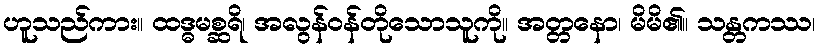
ဟူသည်ကား။ ထဒ္ဓမစ္ဆရိ၊ အလွန်ဝန်တိုသောသူကို။ အတ္တနော၊ မိမိ၏။ သန္တကဿ၊